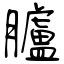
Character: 臚